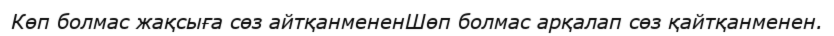
Көп болмас жақсыға сөз айтқанмененШөп болмас арқалап сөз қайтқанменен.